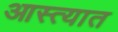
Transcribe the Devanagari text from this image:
आस्त्यात